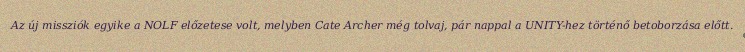
Az új missziók egyike a NOLF előzetese volt, melyben Cate Archer még tolvaj, pár nappal a UNITY-hez történő betoborzása előtt.